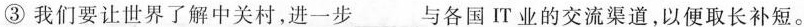
③我们要让世界了解中关村，进一步___与各国IT业的交流渠道，以便取长补短。